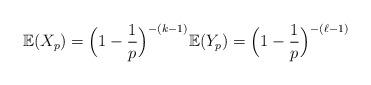
LaTeX: \begin{align*} \mathbb{E}(X_{p}) = \Big( 1-\frac{1}{p} \Big)^{-(k-1)} \mathbb{E}(Y_{p}) = \Big( 1-\frac{1}{p} \Big)^{-(\ell-1)}\end{align*}